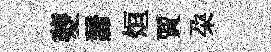
夔諦烜賈朶